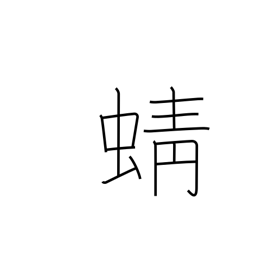
Meaning: dragonfly